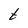
Character: t